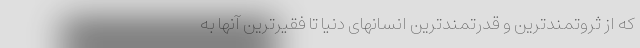
که از ثروتمندترین و قدرتمندترین انسانهای دنیا تا فقیرترین آنها به